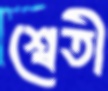
শ্বেতী